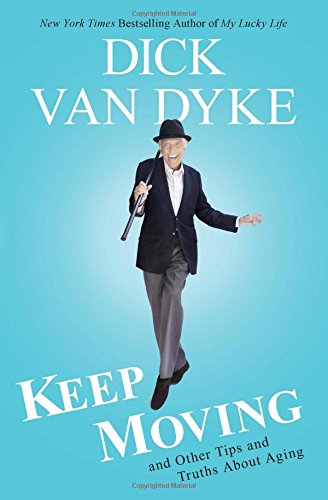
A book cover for Keep Moving: And Other Tips and Truths About Aging; Dick Van Dyke; Humor & Entertainment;